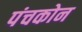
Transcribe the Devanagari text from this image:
पंचकोन